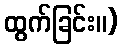
ထွက်ခြင်း။)